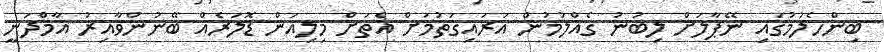
ބިންހެލުމުގައި ނޭޕާލަށް ލިބުނު ގެއްލުމުން އަރައިގަތުމަށް އެތަށް މިލިއަން ޑޮލަރެއް ބޭނުންވާއިރު އާމްދަނީ